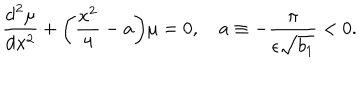
LaTeX: \frac { \mathrm { d } ^ { 2 } \mu } { \mathrm { d } x ^ { 2 } } + \biggl ( \frac { x ^ { 2 } } { 4 } - a \biggr ) \mu = 0 , \quad a \equiv - \frac { \pi } { \epsilon \sqrt { b _ { 1 } } } < 0 .